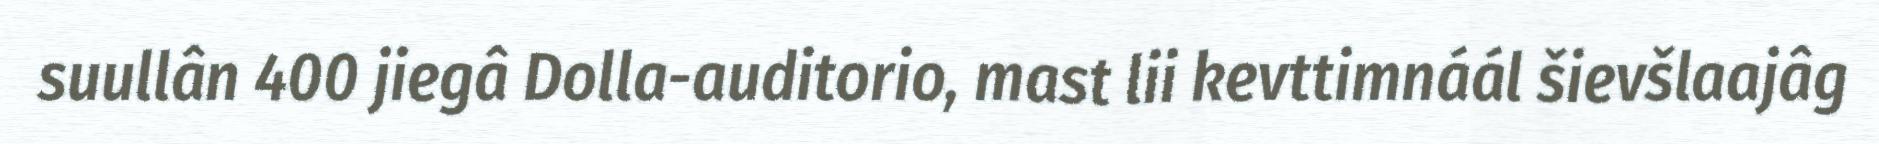
suullân 400 jiegâ Dolla-auditorio, mast lii kevttimnáál šievšlaajâg